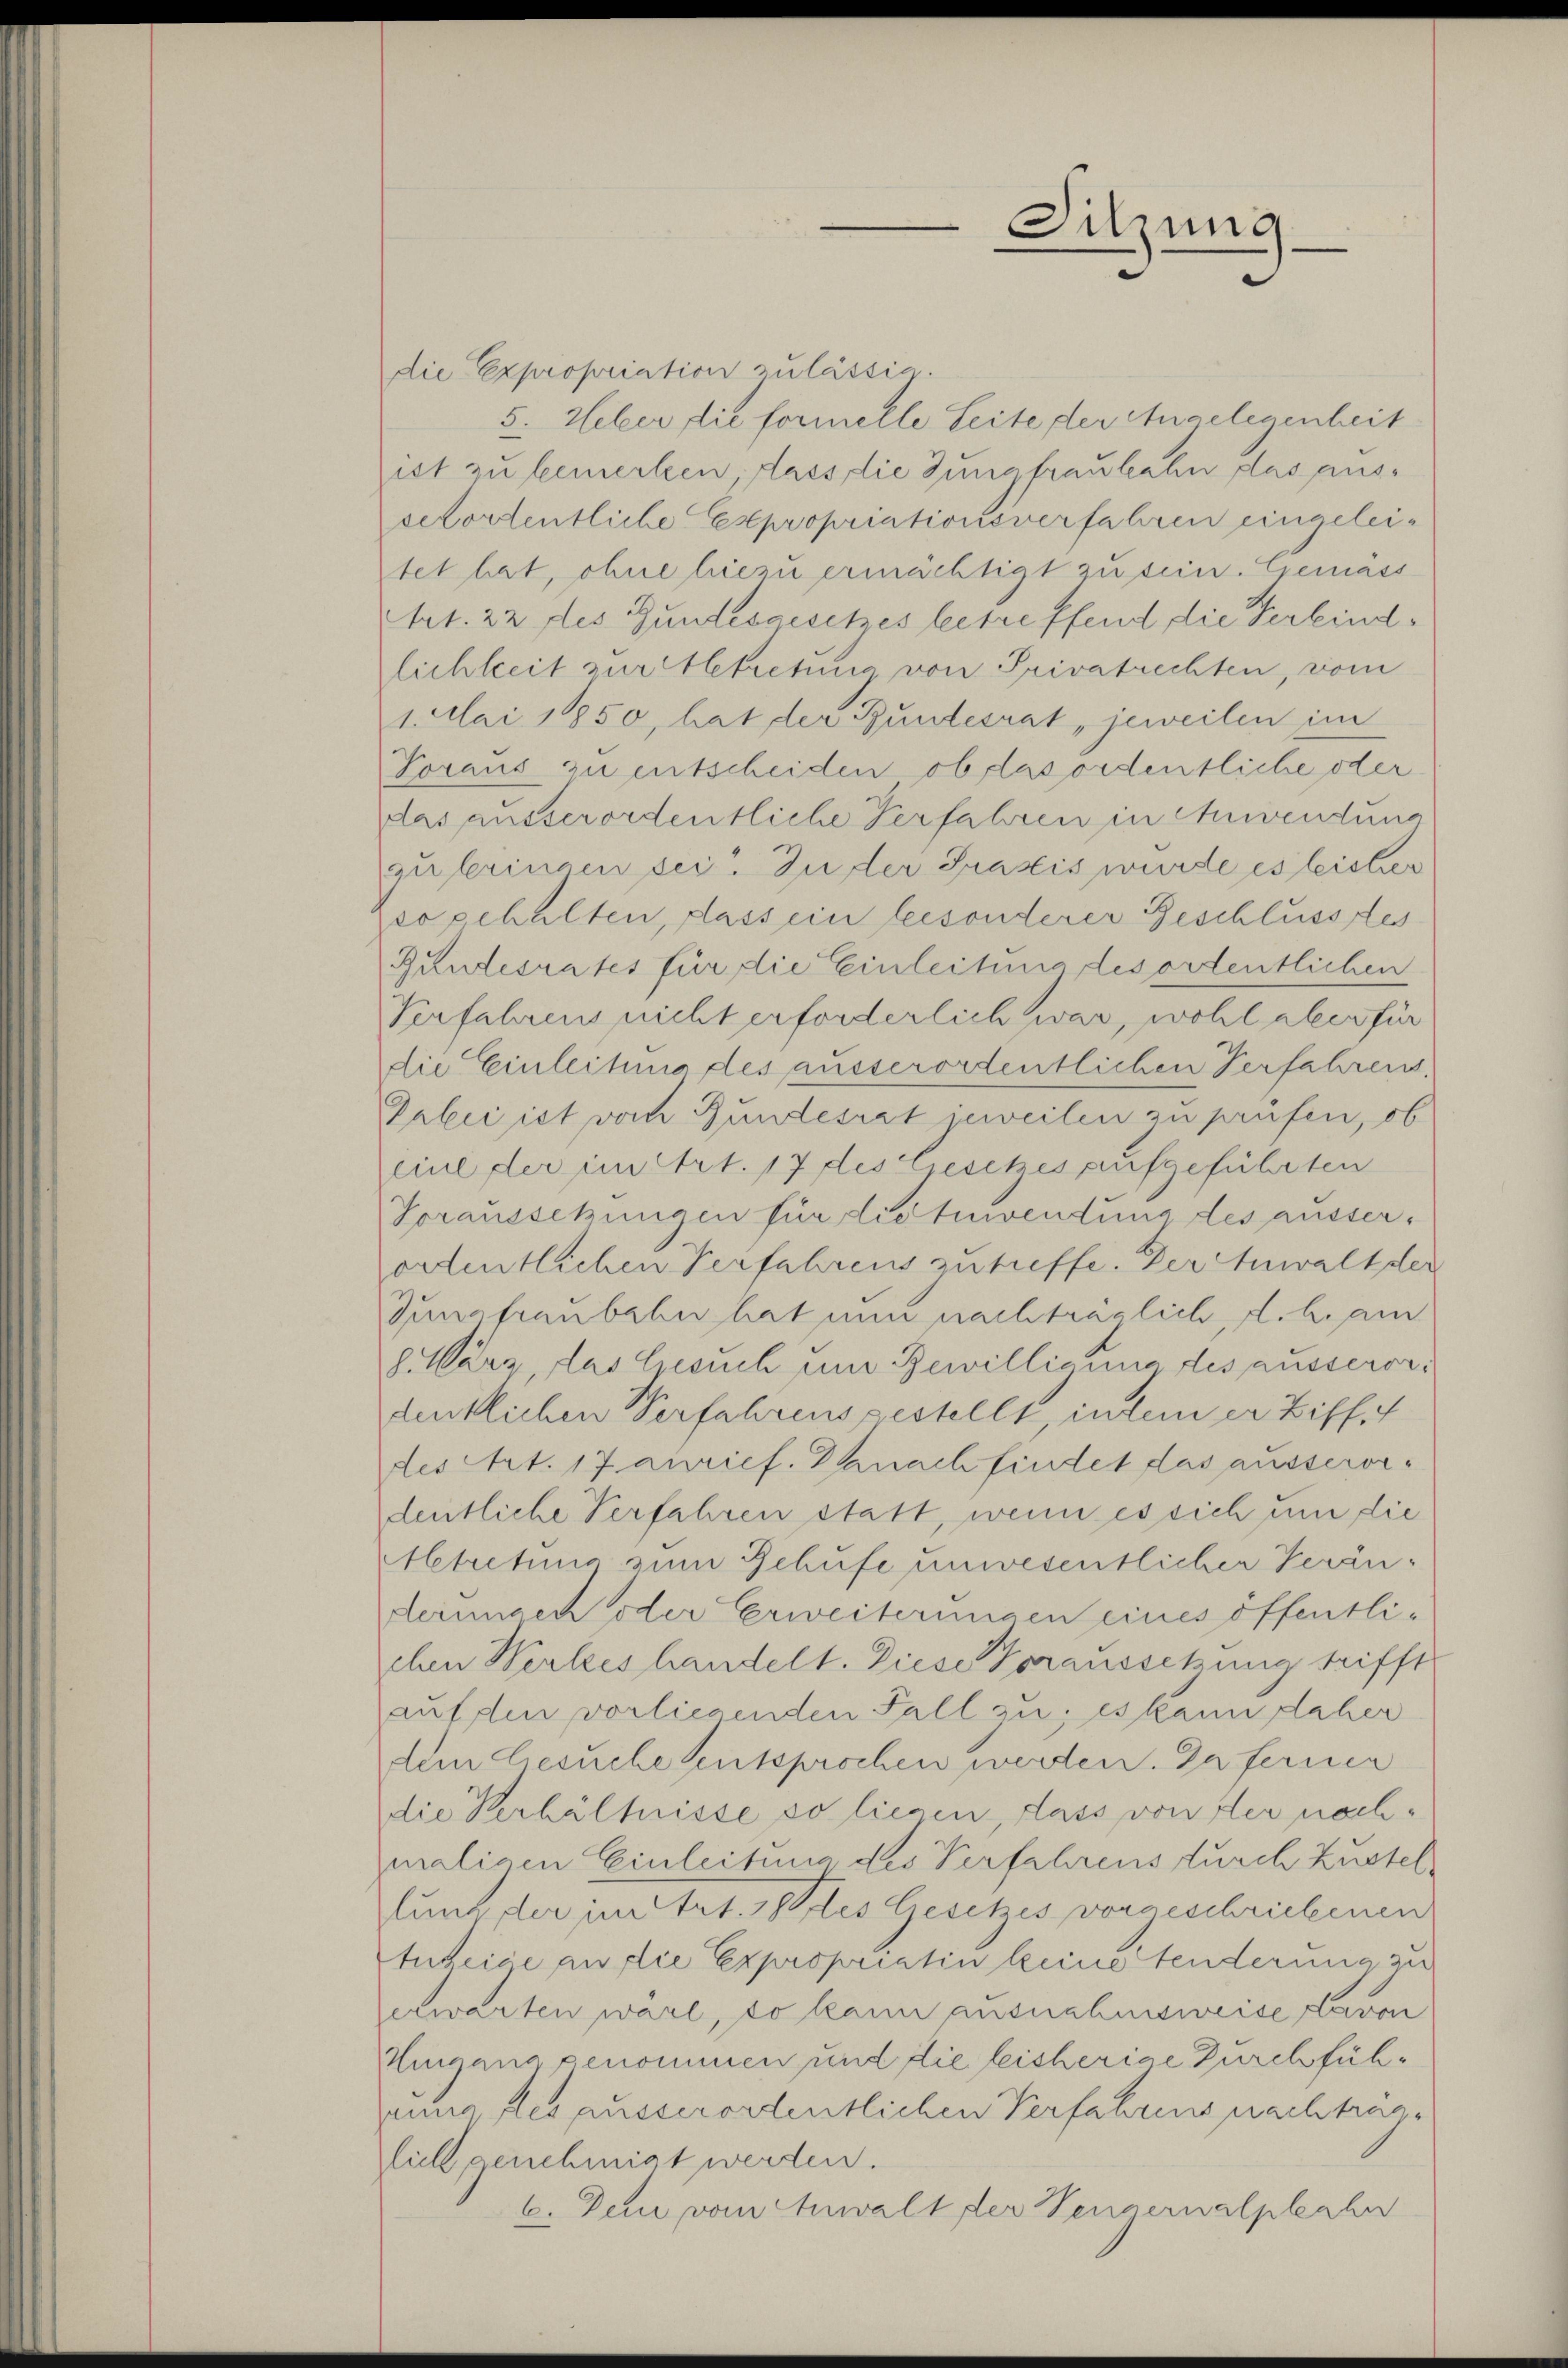
die Expropriation zulässig.
5. Ueber die formelle Seite der Angelegenheit
ist zu bemerken dass die Jungfraubahn das aussefordentliche Expropriationsverfahren eingeleitet hat, ohne hiezu ermächtigt zu sein. Gemäss
Art. 22 des Gundesgesetzes betreffend die Verbindlichkeit zur Abtretung von Privatrechten, vom
1. Mai 1850, hat der Bundesrat jeweilen im
Voraus zu entscheiden ob das ordentliche oder
das ausserordentliche Verfahren in Anwendung
zubringen sei. Zu der Praxis wurde es leister
so gehalten, dass ein besonderer Geschlusses
Gundesrates für die Einleitung des ordentlichen
Verfahrens nicht erforderlich war, wohl aber für
die Einleitung des ausserordentlichen Verfahrens.
Pabei ist vom Bundesrat jeweilen zu prüfen, ob
eine der im Art. 17 des Gesetzes aufgeführten
Voraussetzungen für die Zuwendung des äusserordentlichen Verfahrens zutreffe. Der Anwalt der
Jungfraubahn hat nun nachträglich, d. h. am
g März, das Gesuch um Bewilligung des ausserordentlichen Verfahrens gestellt, indem er Ziff. 4
des Art. 17 anrief. Danach findet das ausserordentliche Verfahren statt, wenn es sich um die
Aetretung zum Schufe unwesentlicher Veränderungen oder Erweiterungen eines öffentli-
chen Werkes handelt. Diese Voransschung trifft
auf den vorliegenden Fall zu, es kann daher
dem Gesuche sentsprochen werden. Da fernen
die Verhältnisse so liegen, dass von der nachmaligen Einleitung des Verfahrens durch Zustel
unt der in Art. Des Gesetzes vorgeschriebenen
tutrice an die Expropriatin keine tenderung zu
erwarten wäre, so kann ausnahmsweise davon
Huana genommen und die leisherige Durchfüheung les ausserordentlichen Verfahrens nachtraglich genehmigt werden.
6. Den vom Anwalt der Neuzernalpleahn

Sitzung